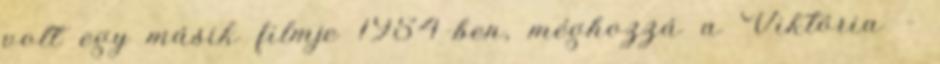
volt egy másik filmje 1954-ben, méghozzá a Viktória -